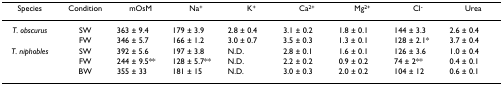
<table><thead><tr><td><b>Species</b></td><td><b>Condition</b></td><td><b>mOsM</b></td><td><b>Na<sup>+</sup></b></td><td><b>K<sup>+</sup></b></td><td><b>Ca<sup>2+</sup></b></td><td><b>Mg<sup>2+</sup></b></td><td><b>Cl<sup>-</sup></b></td><td><b>Urea</b></td></tr></thead><tbody><tr><td><i>T. obscurus</i></td><td>SW</td><td>363 ± 9.4</td><td>179 ± 3.9</td><td>2.8 ± 0.4</td><td>3.1 ± 0.2</td><td>1.8 ± 0.1</td><td>144 ± 3.3</td><td>2.6 ± 0.4</td></tr><tr><td></td><td>FW</td><td>346 ± 5.7</td><td>166 ± 1.2</td><td>3.0 ± 0.7</td><td>3.5 ± 0.3</td><td>1.3 ± 0.1</td><td>128 ± 2.1*</td><td>3.7 ± 0.4</td></tr><tr><td><i>T. niphobles</i></td><td>SW</td><td>392 ± 5.6</td><td>197 ± 3.8</td><td>N.D.</td><td>2.8 ± 0.1</td><td>1.6 ± 0.1</td><td>126 ± 3.6</td><td>1.0 ± 0.4</td></tr><tr><td></td><td>FW</td><td>244 ± 9.5**</td><td>128 ± 5.7**</td><td>N.D.</td><td>2.2 ± 0.2</td><td>0.9 ± 0.2</td><td>74 ± 2**</td><td>0.4 ± 0.1</td></tr><tr><td></td><td>BW</td><td>355 ± 33</td><td>181 ± 15</td><td>N.D.</td><td>3.0 ± 0.3</td><td>2.0 ± 0.2</td><td>104 ± 12</td><td>0.6 ± 0.1</td></tr></tbody></table>